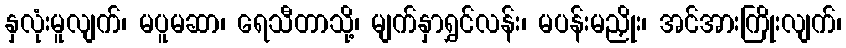
နှလုံးမူလျက်၊ မပူမဆာ၊ ရေသီတာသို့၊ မျက်နှာရွှင်လန်း၊ မပန်းမညှိုး၊ အင်အားကြိုးလျက်၊